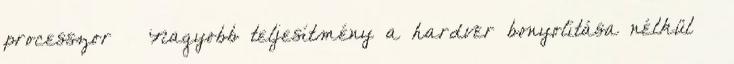
processzor – Nagyobb teljesítmény a hardver bonyolítása nélkül –